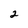
Character: 2